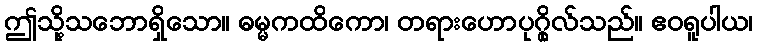
ဤသို့သဘောရှိသော။ ဓမ္မကထိကော၊ တရားဟောပုဂ္ဂိုလ်သည်။ ဧဝရူပါယ၊